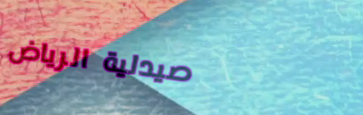
صيدلية الرياض